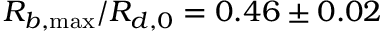
R _ { b , \operatorname* { m a x } } / R _ { d , 0 } = 0 . 4 6 \pm 0 . 0 2